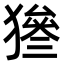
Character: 𤡙